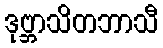
ဒုဗ္ဘာသိတဘာသီ